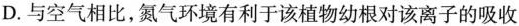
D. 与空气相比，氮气环境有利于该植物幼根对该离子的吸收